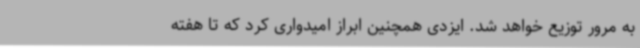
به مرور توزیع خواهد شد. ایزدی همچنین ابراز امیدواری کرد که تا هفته